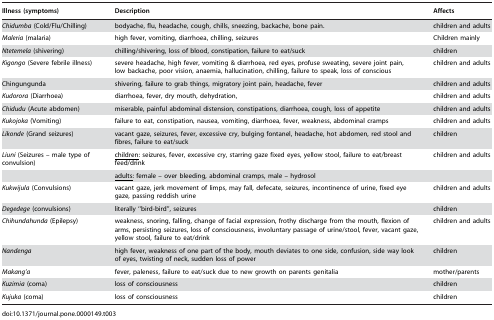
| Illness (symptoms) | Description | Affects |
 | --- | --- | --- |
 | Chidumba (Cold/Flu/Chilling) | bodyache, flu, headache, cough, chills, sneezing, backache, bone pain. | children and adults |
 | Maleria (malaria) | high fever, vomiting, diarrhoea, chilling, seizures | Children mainly |
 | Ntetemela (shivering) | chilling/shivering, loss of blood, constipation, failure to eat/suck | children |
 | Kigongo (Severe febrile illness) | severe headache, high fever, vomiting & diarrhoea, red eyes, profuse sweating, severe joint pain, low backache, poor vision, anaemia, hallucination, chilling, failure to speak, loss of conscious | children and adults |
 | Chingungunda | shivering, failure to grab things, migratory joint pain, headache, fever | children and adults |
 | Kudorora (Diarrhoea) | diarrhoea, fever, dry mouth, dehydration, | children and adults |
 | Chidudu (Acute abdomen) | miserable, painful abdominal distension, constipations, diarrhoea, cough, loss of appetite | children and adults |
 | Kukojoka (Vomiting) | failure to eat, constipation, nausea, vomiting, diarrhoea, fever, weakness, abdominal cramps | children and adults |
 | Likonde (Grand seizures) | vacant gaze, seizures, fever, excessive cry, bulging fontanel, headache, hot abdomen, red stool and fibres, failure to eat/suck | children |
 | Liuni (Seizures – male type of convulsion) | <underline>children</underline>: seizures, fever, excessive cry, starring gaze fixed eyes, yellow stool, failure to eat/breast feed/drink | children and adults |
 |  | <underline>adults</underline>: female – over bleeding, abdominal cramps, male – hydrosol |  |
 | Kukwijula (Convulsions) | vacant gaze, jerk movement of limps, may fall, defecate, seizures, incontinence of urine, fixed eye gaze, passing reddish urine | children and adults |
 | Degedege (convulsions) | literally “bird-bird”, seizures | children |
 | Chihundahunda (Epilepsy) | weakness, snoring, falling, change of facial expression, frothy discharge from the mouth, flexion of arms, persisting seizures, loss of consciousness, involuntary passage of urine/stool, fever, vacant gaze, yellow stool, failure to eat/drink | children and adults |
 | Nandenga | high fever, weakness of one part of the body, mouth deviates to one side, confusion, side way look of eyes, twisting of neck, sudden loss of power | children |
 | Makang'a | fever, paleness, failure to eat/suck due to new growth on parents genitalia | mother/parents |
 | Kuzimia (coma) | loss of consciousness | children |
 | Kujuka (coma) | loss of consciousness | children |